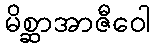
မိစ္ဆာအာဇီဝေါ